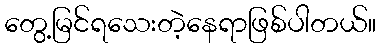
တွေ့မြင်ရသေးတဲ့နေရာဖြစ်ပါတယ်။